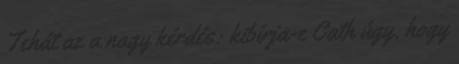
Tehát az a nagy kérdés: kibírja-e Cath úgy, hogy